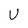
Character: U